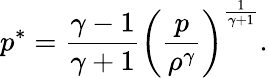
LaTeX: p^{*}=\frac{\gamma-1}{\gamma+1}\bigg(\frac{p}{\rho^{\gamma}}\bigg)^{\frac{1}{\gamma+1}}.